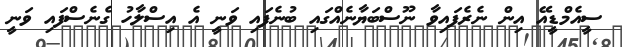
ސީއެމްޑީއޭ އިން ނެރެފައިވާ ނޫސްބަޔާނެއްގައި ބުނެފައި ވަނީ އެ އިސްލާހު ގެނެސްފައި ވަނީ